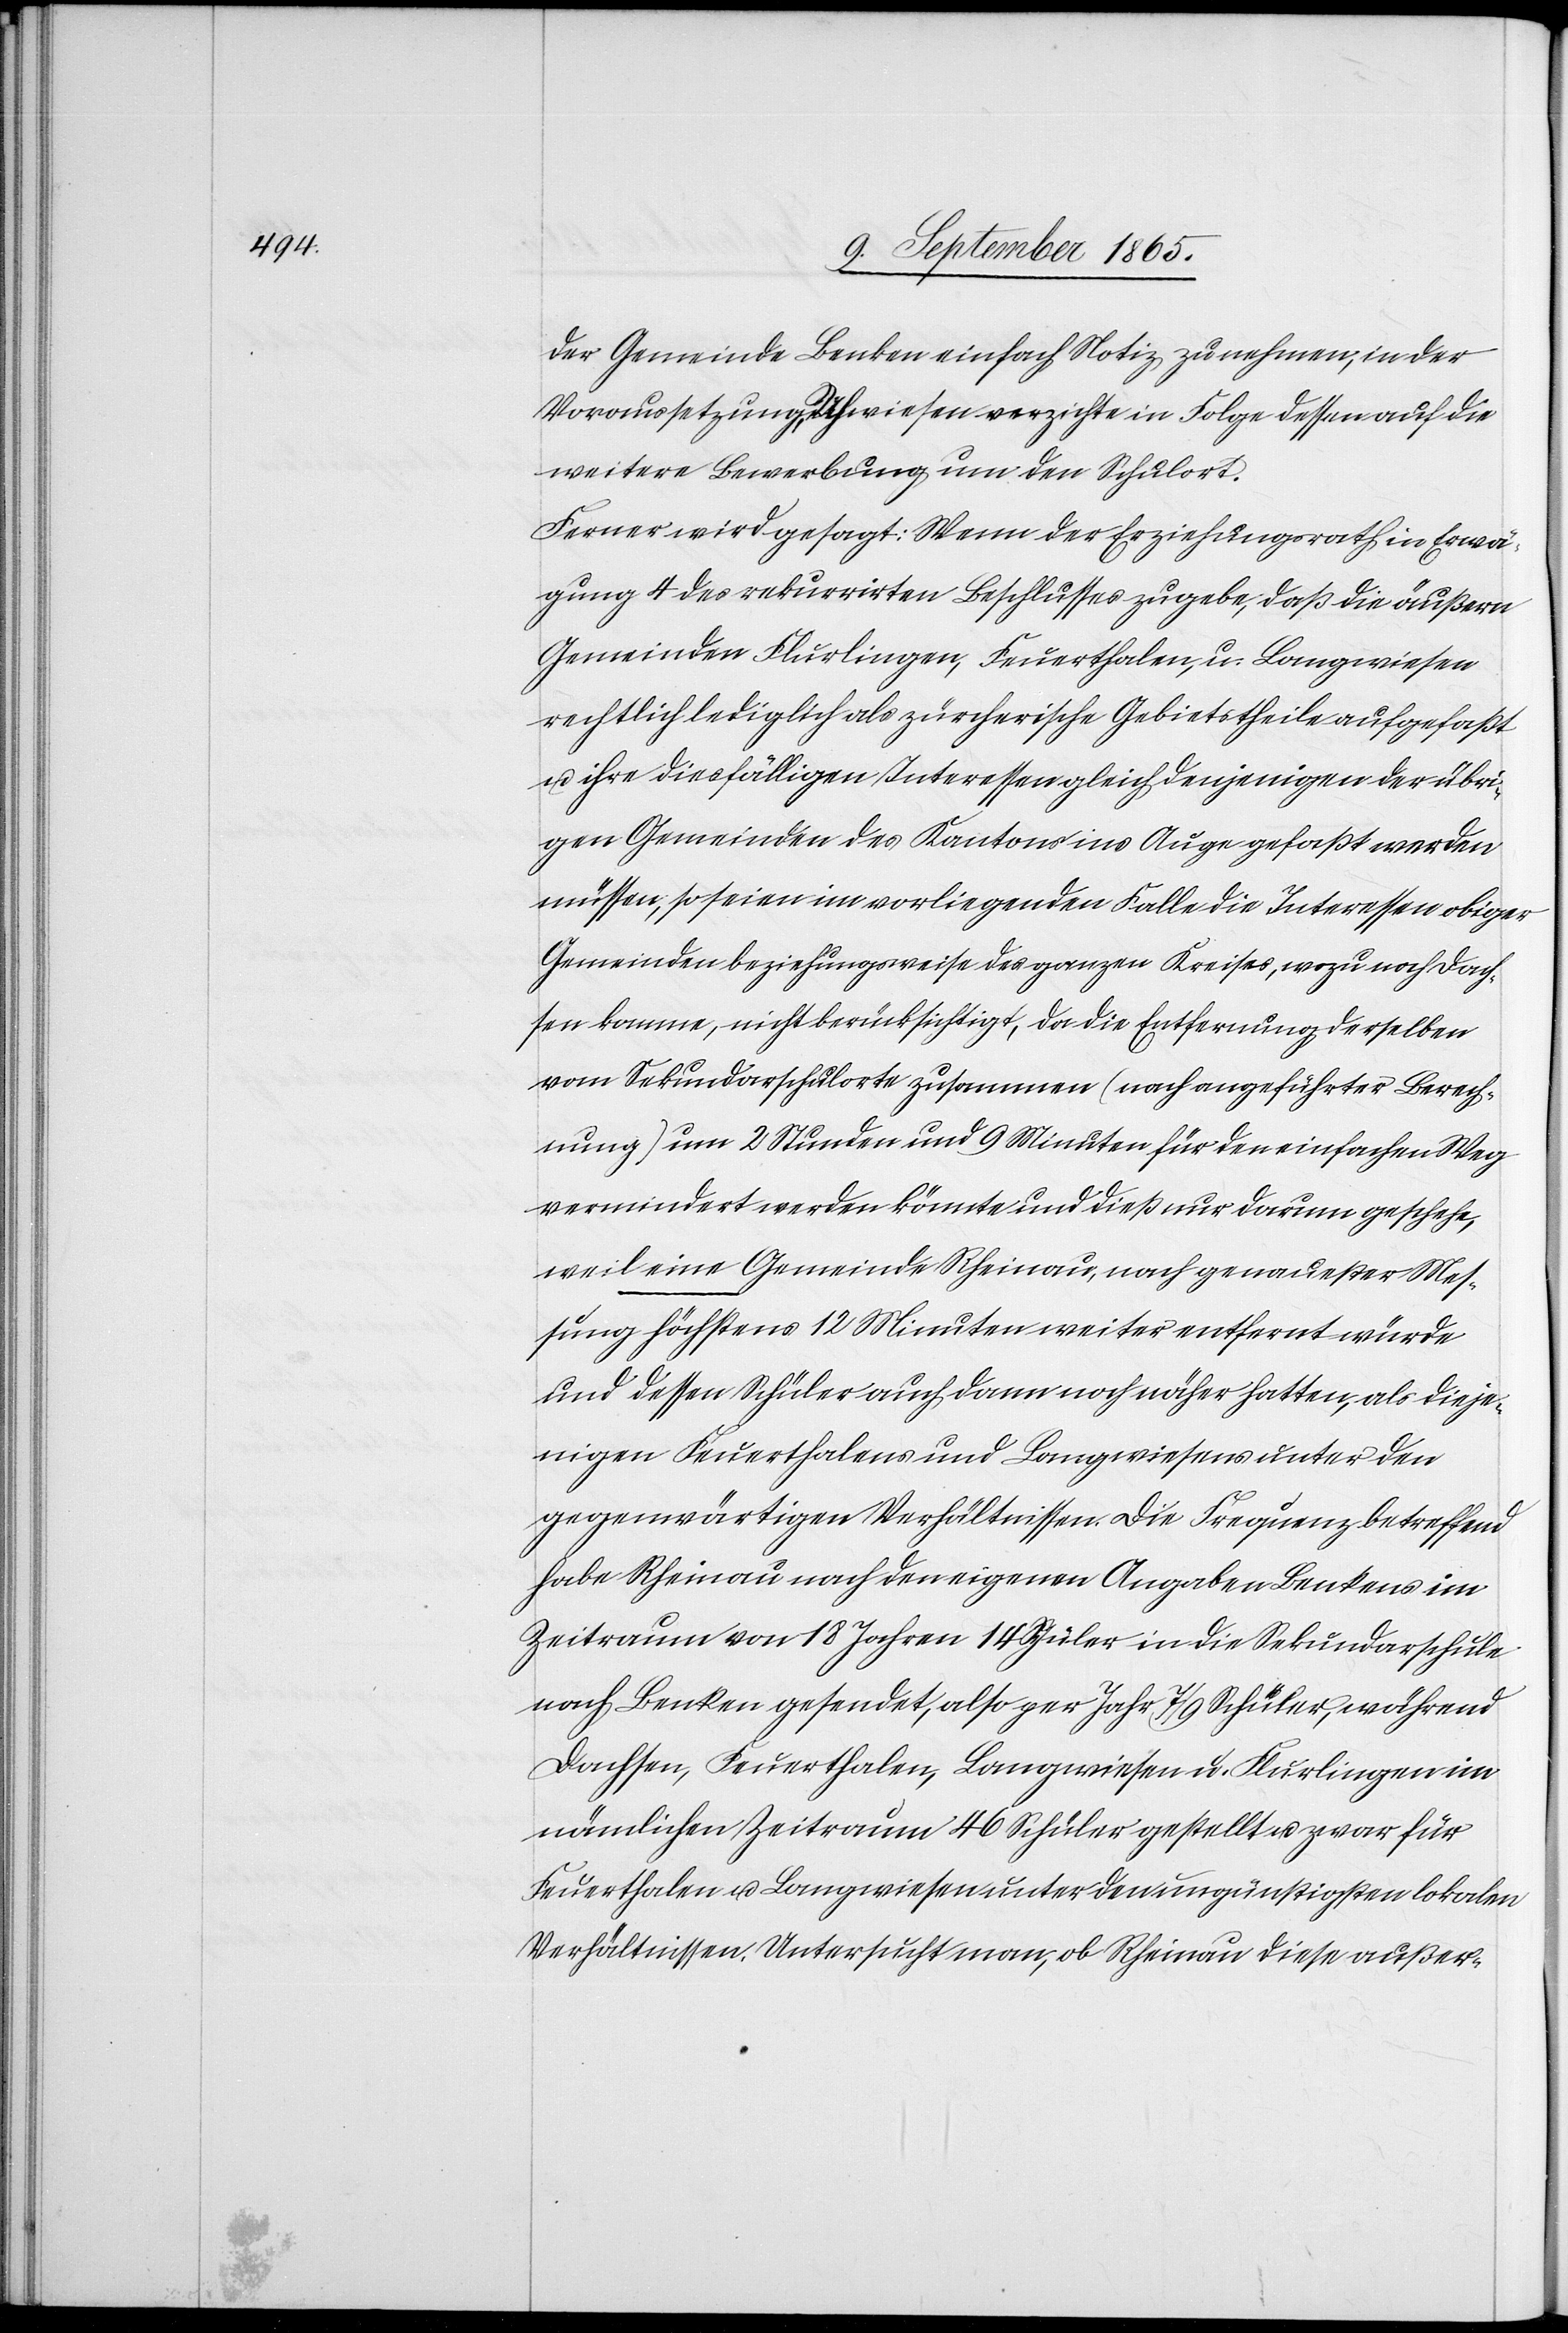
der Gemeinde Benken einfach Notiz zu nehmen, in der
Voraussetzung, Uhwiesen verzichte in Folge dessen auf die
weitere Bewerbung um den Schulort.
Ferner wird gesagt: Wenn der Erziehungsrath in Erwä¬
gung 4 des rekurrirten Beschlusses zugebe, daß die äußern
Gemeinden Flurlingen, Feuerthalen, u. Langwiesen
rechtlich lediglich als zürcherische Gebietstheile aufgefaßt
u. ihre diesfälligen Interessen gleich denjenigen der übri¬
gen Gemeinden des Kantons ins Auge gefaßt werden
müssen, so seien im vorliegenden Falle die Interessen obiger
Gemeinden beziehungsweise des ganzen Kreises, wozu noch Dach¬
sen komme, nicht berücksichtigt, da die Entfernung derselben
vom Sekundarschulorte zusammen (nach angeführter Berech¬
nung) um 2 Stunden und 9 Minuten für den einfachen Weg
vermindert werden könnte und dieß nur darum geschehe,
weil eine Gemeinde Rheinau, nach genauester Mes¬
sung höchstens 12 Minuten weiter entfernt würde
und dessen Schüler auch dann noch näher hatten, als dieje¬
nigen Feuerthalens und Langwiesens unter den
gegenwärtigen Verhältnissen. Die Frequenz betreffend
habe Rheinau nach den eigenen Angaben Benkens im
Zeitraum von 18 Jahren 14 Schüler in die Sekundarschule
nach Benken gesendet, also per Jahr 7/9 Schüler, während
Dachsen, Feuerthalen, Langwiesen u. Flurlingen im
nämlichen Zeitraum 46 Schüler gestellt u. zwar für
Feuerthalen u. Langwiesen unter den ungünstigsten lokalen
Verhältnissen. Untersucht man, ob Rheinau diese außer-